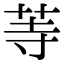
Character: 䓁